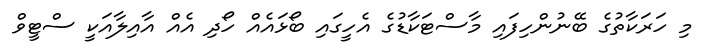
މި ހަރަކާތުގެ ބޭނުންހިފައި މާސްޓަކާޑުގެ އެހީގައި ބޯޅައެއް ހޯދި އެއް އާއިލާއަކީ ސްޓީވް